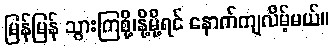
မြန်မြန် သွားကြစို့၊နို့မို့ရင် နောက်ကျလိမ့်မယ်။